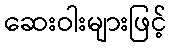
ဆေးဝါးများဖြင့်